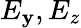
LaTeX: E_{\mathbf{y}},E_{z}